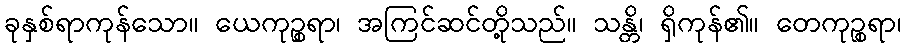
ခုနှစ်ရာကုန်သော။ ယေကုဉ္စရာ၊ အကြင်ဆင်တို့သည်။ သန္တိ၊ ရှိကုန်၏။ တေကုဉ္စရာ၊